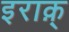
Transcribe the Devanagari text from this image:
इराक़्